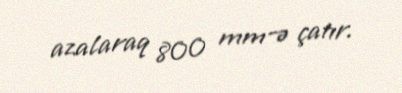
azalaraq 800 mm-ə çatır.